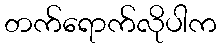
တက်ရောက်လိုပါက